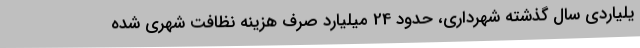
یلیاردی سال گذشته شهرداری، حدود 24 میلیارد صرف هزینه نظافت شهری شده